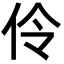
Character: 伶